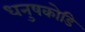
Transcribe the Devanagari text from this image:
धनुषकोडि